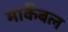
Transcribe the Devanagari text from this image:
मार्केबल